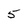
Character: 5